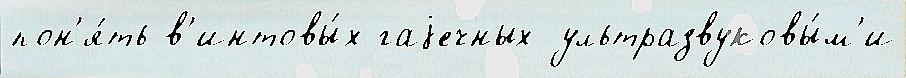
пон'я́ть в'интовы́х гаjечных ультразвуковы́м'и